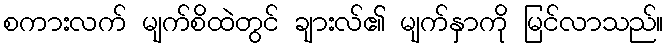
စကားလက် မျက်စိထဲတွင် ချားလ်၏ မျက်နှာကို မြင်လာသည်။